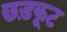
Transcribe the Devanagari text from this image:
छड़कूट